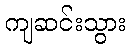
ကျဆင်းသွား